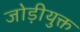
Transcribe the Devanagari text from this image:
जोड़ीयुक्त